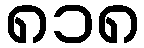
၈၁၈